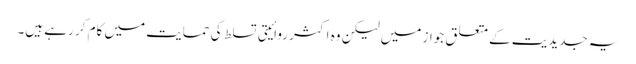
یہ جدیدیت کے متعلق جواز میں لیکن وہ اکثر روائیتی تسلط کی حمایت میں کام کر رہے ہیں۔